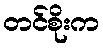
တင်စိုးက